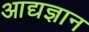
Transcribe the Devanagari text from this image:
आद्यज्ञान